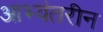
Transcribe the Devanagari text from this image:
आभ्यंतरीन